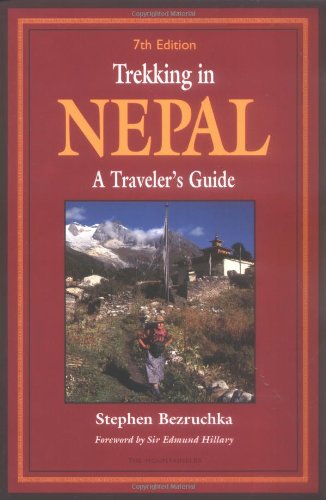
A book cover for Trekking In Nepal; Stephen Bezruchka; Travel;